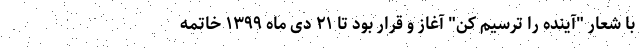
با شعار "آینده را ترسیم کن" آغاز و قرار بود تا ۲۱ دی ماه ۱۳۹۹ خاتمه